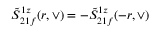
\tilde { S } _ { 2 1 f } ^ { 1 z } ( r , \vee ) = - \tilde { S } _ { 2 1 f } ^ { 1 z } ( - r , \vee )